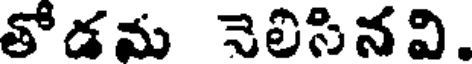
తోడమ నెలిసినవి.